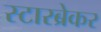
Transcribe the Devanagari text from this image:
स्टारब्रेकर